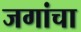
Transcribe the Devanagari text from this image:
जगांचा